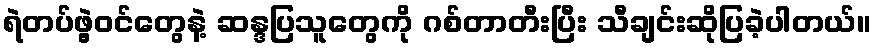
ရဲတပ်ဖွဲ့ဝင်တွေနဲ့ ဆန္ဒပြသူတွေကို ဂစ်တာတီးပြီး သီချင်းဆိုပြခဲ့ပါတယ်။